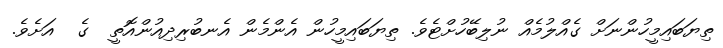
ތިޔަބައިމީހުންނަށް ގެއްލުމެއް ނުލިބޭހުށްޓެވެ. ތިޔަބައިމީހުން އެންމެން އެނބުރިދިއުންއޮތީ  ގެ  އަށެވެ.